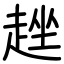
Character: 趖